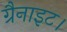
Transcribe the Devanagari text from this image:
ग्रैनाइट।